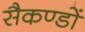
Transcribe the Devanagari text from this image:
सैकण्‍डों